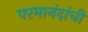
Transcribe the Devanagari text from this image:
परमानंदांची